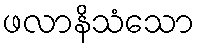
ဖလာနိသံသော